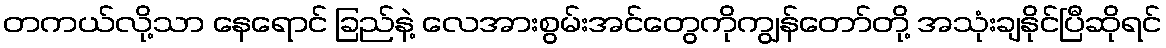
တကယ်လို့သာ နေရောင် ခြည်နဲ့ လေအားစွမ်းအင်တွေကိုကျွန်တော်တို့ အသုံးချနိုင်ပြီဆိုရင်